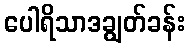
ပေါရိသာဒချွတ်ခန်း